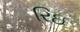
રિઇ